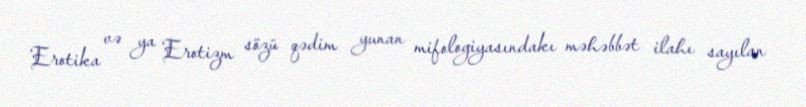
Erotika və ya Erotizm sözü qədim yunan mifologiyasındakı məhəbbət ilahı sayılan